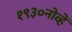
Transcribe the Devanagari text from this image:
१९३०नोव्हें